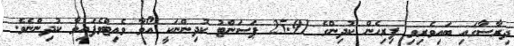
ދިރާސާގައި ބައިވެރިވި ފިރިހެން ކުދިންގެ 25.91 ޕަސަންޓު ކުދިންނަކީ އޯވާ ވެއިޓްވެފައިވާ ކުދިންނެވެ.